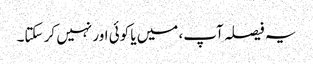
یہ فیصلہ آپ، میں یا کوئی اور نہیں کر سکتا۔